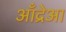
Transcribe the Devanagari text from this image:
आँद्रेआ